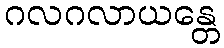
ဂလဂလာယန္တေ